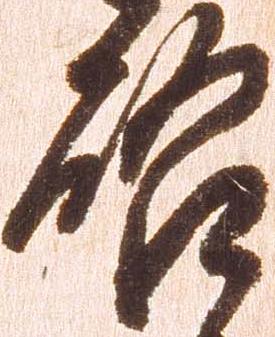
啓